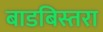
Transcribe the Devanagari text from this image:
बाडबिस्तरा